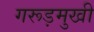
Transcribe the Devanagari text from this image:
गरूड़मुखी